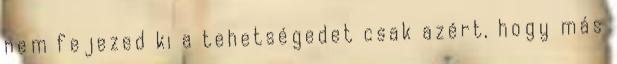
nem fejezed ki a tehetségedet csak azért, hogy más